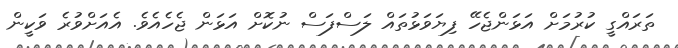
ތަރައްގީ ކުރުމަށް އަޅަންޖެހޭ ފިޔަވަޅުތައް ލަސްފަސް ނުކޮށް އަޅަން ޖެހެއެވެ. އެއަށްވުރެ ވަކީން